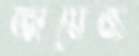
তায়েজ